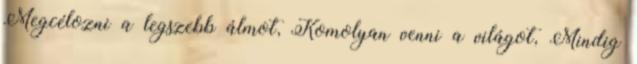
Megcélozni a legszebb álmot, Komolyan venni a világot, Mindig